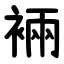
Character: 裲